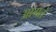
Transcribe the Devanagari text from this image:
आगतं